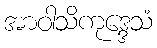
အာဝါသိကုဒ္ဒေသံ